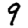
Digit: 9